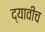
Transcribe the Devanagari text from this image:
द्यावीच